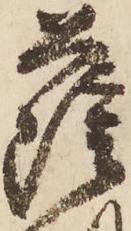
薩